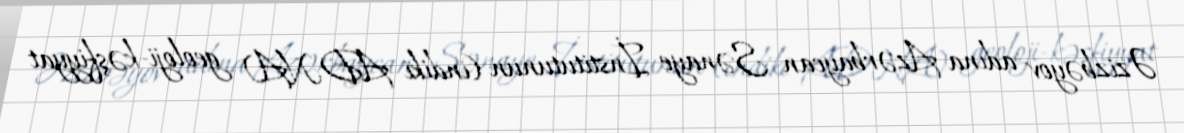
Əzizbəyov adına Azərbaycan Sənaye İnstitutunun (indiki ADNA) geoloji-kəşfiyyat